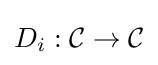
D_{i}:{\mathcal {C}}\to {\mathcal {C}}